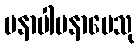
မနာပါမနာပေသု